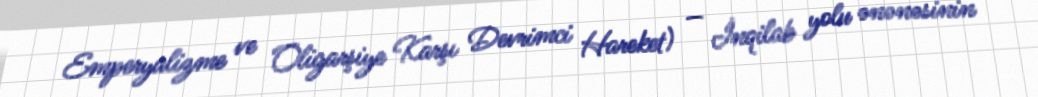
Emperyalizme ve Oligarşiye Karşı Devrimci Hareket) — İnqilab yolu ənənəsinin